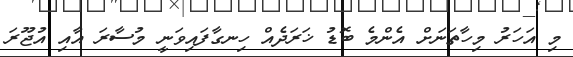
މި އަހަރު މިހާތަނަށް އެންމެ ބޮޑު ޚަރަދެއް ހިނގާފައިވަނީ މުސާރަ އާއި އުޖޫރަ